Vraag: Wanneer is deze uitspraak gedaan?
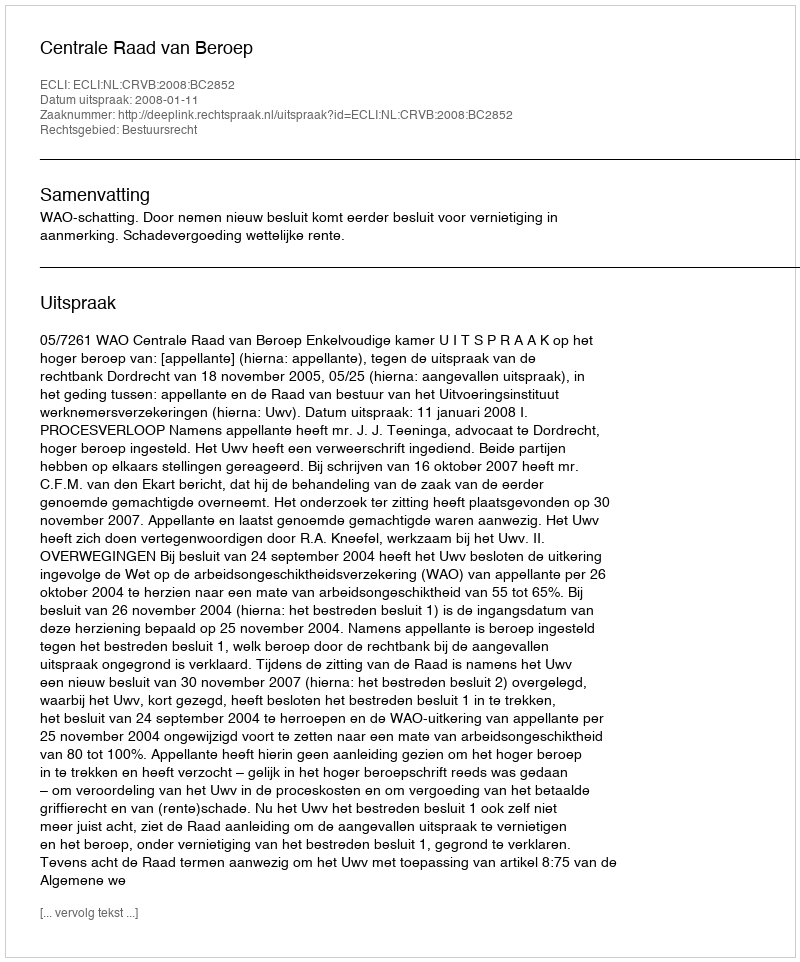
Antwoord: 2008-01-11